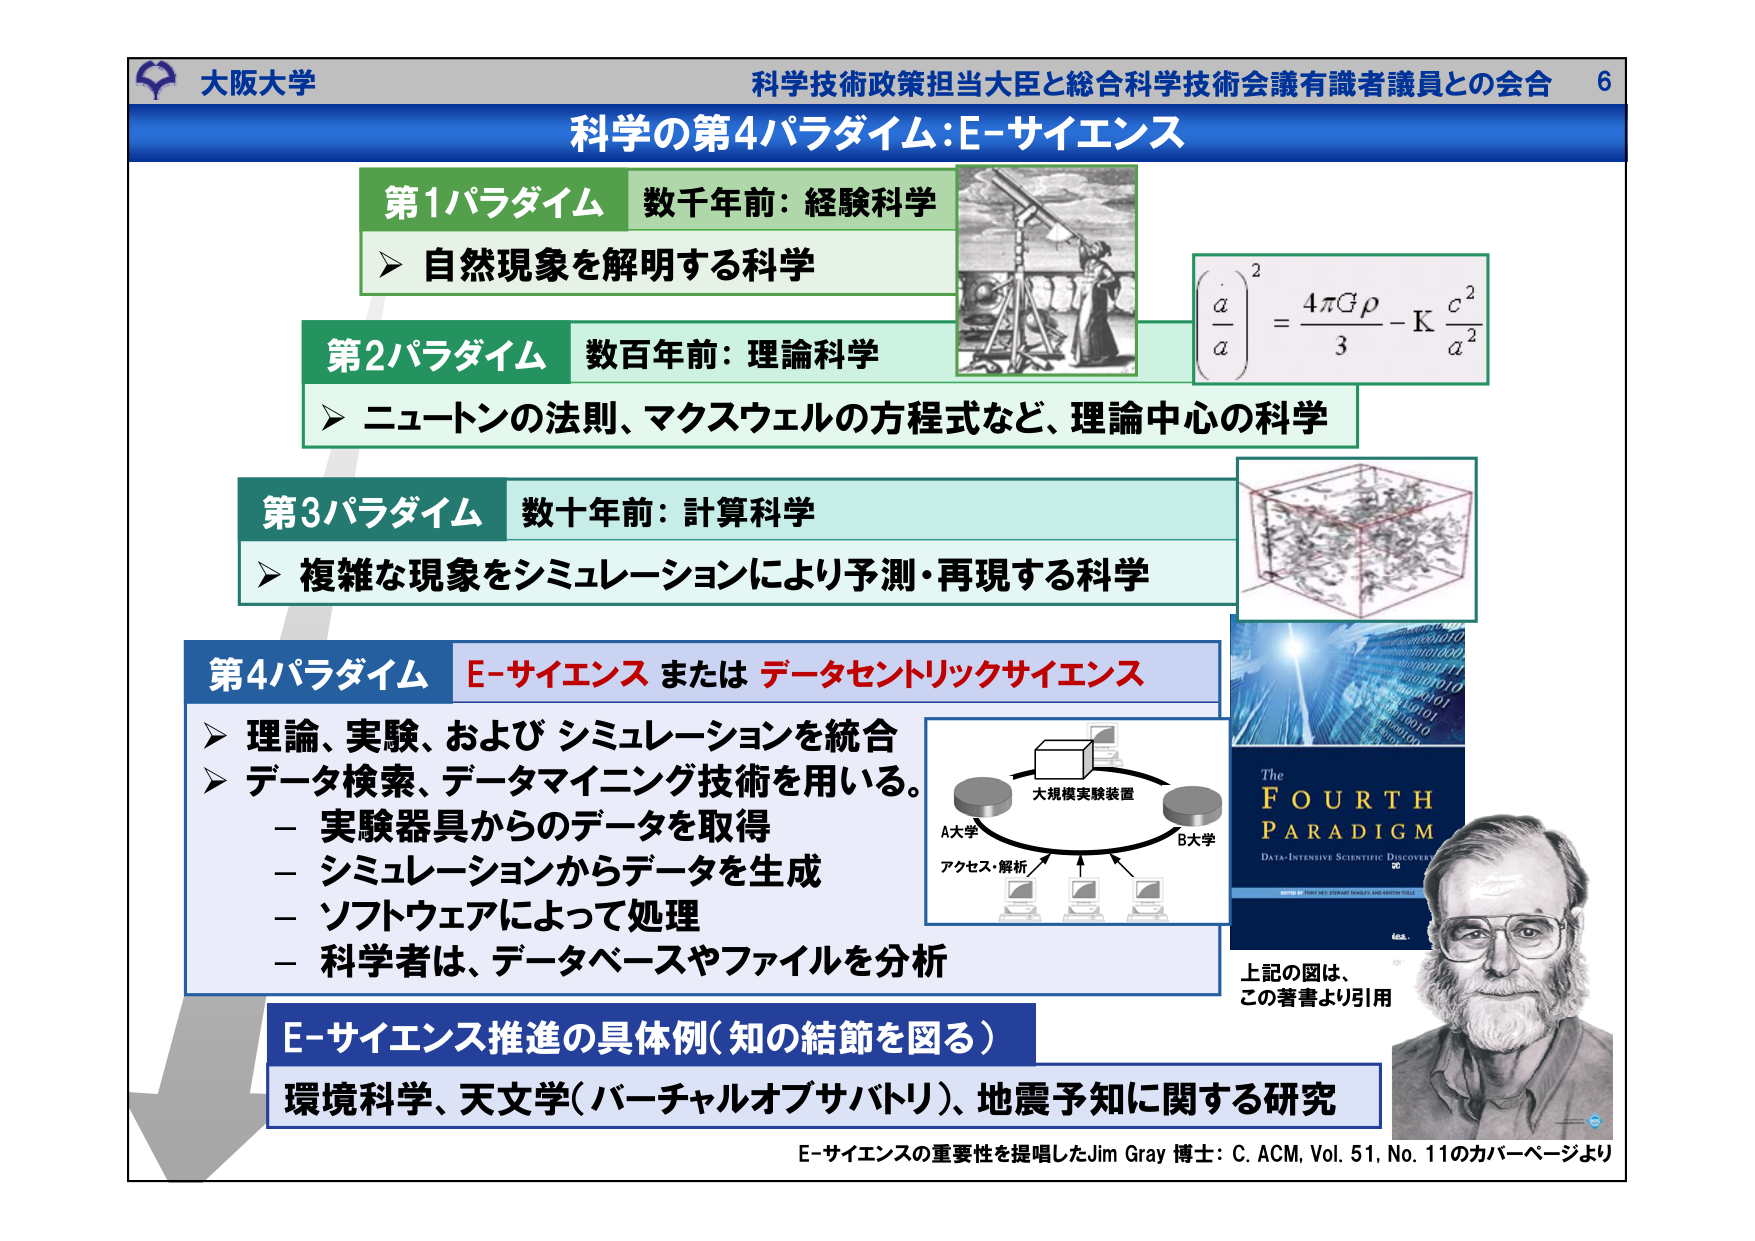
大阪大学
科学技術政策担当大臣と総合科学技術会議有識者議員との会合 6
科学の第4パラダイム：E-サイエンス

第1パラダイム 数千年前：経験科学
➤ 自然現象を解明する科学

第2パラダイム 数百年前：理論科学
➤ ニュートンの法則、マクスウェルの方程式など、理論中心の科学

第3パラダイム 数十年前：計算科学
➤ 複雑な現象をシミュレーションにより予測・再現する科学

第4パラダイム E-サイエンス または データセントリックサイエンス
➤ 理論、実験、および シミュレーションを統合
➤ データ検索、データマイニング技術を用いる。
　－ 実験器具からのデータを取得
　－ シミュレーションからデータを生成
　－ ソフトウェアによって処理
　－ 科学者は、データベースやファイルを分析

大規模実験装置
A大学　　　　　　　　　B大学
アクセス・解析

The
FOURTH
PARADIGM
DATA-INTENSIVE SCIENTIFIC DISCOVERY

上記の図は、
この著書より引用

E-サイエンス推進の具体例（知の結節を図る）
環境科学、天文学（バーチャルオブザバトリ）、地震予知に関する研究

E-サイエンスの重要性を提唱したJim Gray 博士：C. ACM, Vol. 51, No. 11のカバーぺージより

\(\left(\frac{\ddot{a}}{a}\right)^2 = \frac{4\pi G \rho}{3} - \mathrm{K} \frac{c^2}{a^2}\)